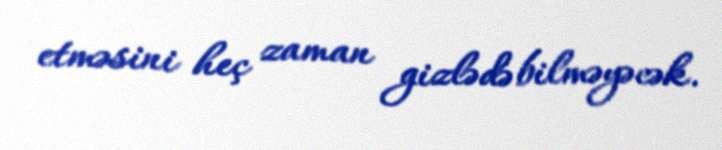
etməsini heç zaman gizlədə bilməyəcək.